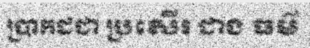
ប្រាកដជា ប្រសើរ ជាង ធម៌